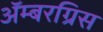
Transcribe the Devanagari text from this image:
ॲम्बरग्रिस